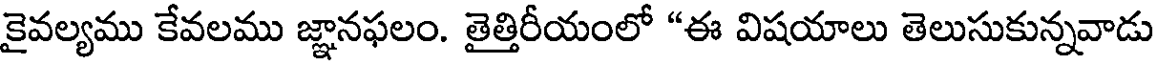
కైవల్యము కేవలము జ్ఞానఫలం. తైత్తిరీయంలో "ఈ విషయాలు తెలుసుకున్నవాడు